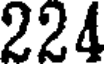
224